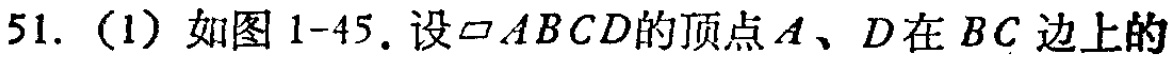
51.（1）如图1-45.设$\square ABCD$的顶点$A$、$D$在$BC$边上的